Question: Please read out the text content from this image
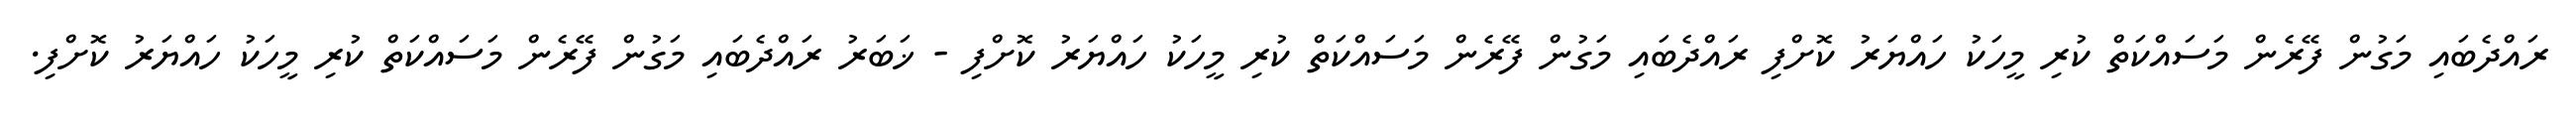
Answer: ރައްދެބައި މަގުން ފޭރެން މަސައްކަތް ކުރި މީހަކު ހައްޔަރު ކޮށްފި ރައްދެބައި މަގުން ފޭރެން މަސައްކަތް ކުރި މީހަކު ހައްޔަރު ކޮށްފި - ޚަބަރު ރައްދެބައި މަގުން ފޭރެން މަސައްކަތް ކުރި މީހަކު ހައްޔަރު ކޮށްފި.